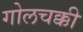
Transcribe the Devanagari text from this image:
गोलचक्की